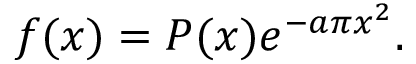
f ( x ) = P ( x ) e ^ { - a \pi x ^ { 2 } } .